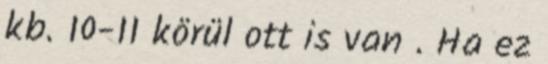
kb. 10-11 körül ott is van . Ha ez